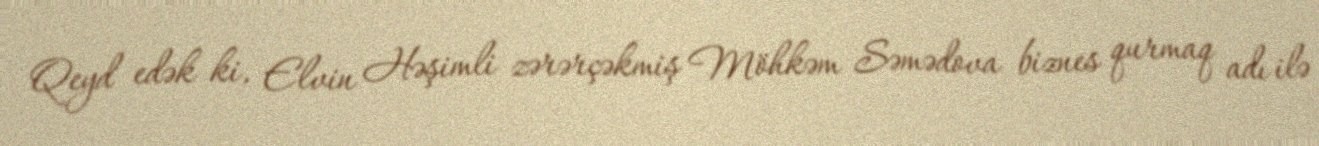
Qeyd edək ki, Elvin Həşimli zərərçəkmiş Möhkəm Səmədova biznes qurmaq adı ilə